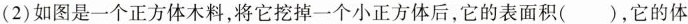
(2) 如图是一个正方体木料，将它挖掉一个小正方体后，它的表面积( )，它的体